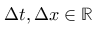
\Delta t , \Delta x \in \mathbb { R }